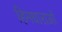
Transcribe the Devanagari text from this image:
हिमधाराओं